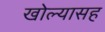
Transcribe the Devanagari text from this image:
खोल्यासह